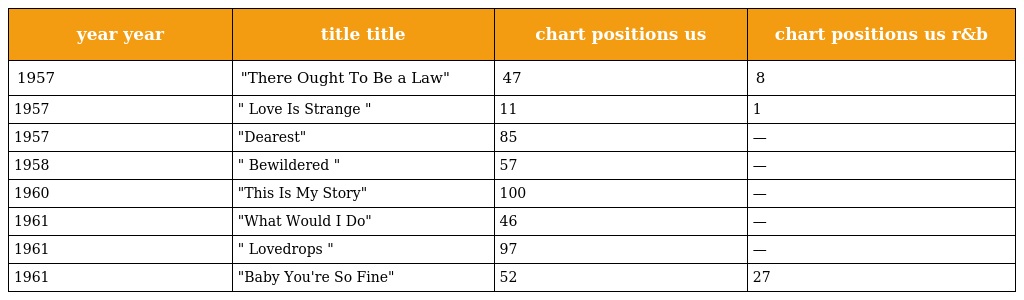
| year year | title title | chart positions us | chart positions us r&b |
 | --- | --- | --- | --- |
 | 1957 | "There Ought To Be a Law" | 47 | 8 |
 | 1957 | " Love Is Strange " | 11 | 1 |
 | 1957 | "Dearest" | 85 | — |
 | 1958 | " Bewildered " | 57 | — |
 | 1960 | "This Is My Story" | 100 | — |
 | 1961 | "What Would I Do" | 46 | — |
 | 1961 | " Lovedrops " | 97 | — |
 | 1961 | "Baby You're So Fine" | 52 | 27 |